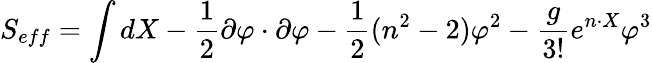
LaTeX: S_{eff}=\int dX-\frac{1}{2}\partial\varphi\cdot\partial\varphi-\frac{1}{2}(n^{2}-2)\varphi^{2}-\frac{g}{3!}e^{n\cdot X}\varphi^{3}